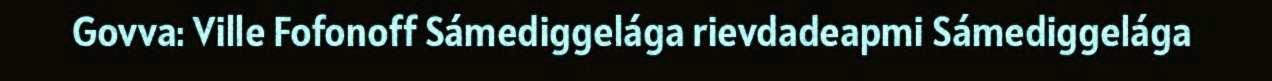
Govva: Ville Fofonoff Sámediggelága rievdadeapmi Sámediggelága